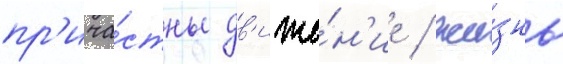
пр'ича́стны дв'иже́н'ие / жи́знь